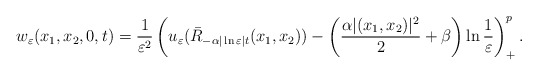
\begin{align*}w_\varepsilon(x_1,x_2,0,t)=\frac{1}{\varepsilon^2}\left( u_\varepsilon(\bar{R}_{-\alpha|\ln\varepsilon| t}(x_1,x_2))-\left( \frac{\alpha|(x_1,x_2)|^2}{2}+\beta\right)\ln\frac{1}{\varepsilon}\right)^p_+.\end{align*}